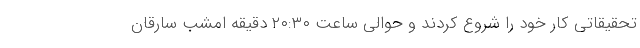
تحقیقاتی کار خود را شروع کردند و حوالی ساعت ۲۰:۳۰ دقیقه امشب سارقان